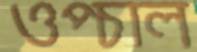
ওপ্‌চাল